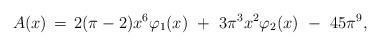
LaTeX: \begin{align*}A(x)\,= \,2(\pi-2)x^{6}\varphi_{1}(x) \,\, + \,\, 3\pi^{3} x^{2}\varphi_{2}(x) \,\, - \,\,45 \pi^{9},\end{align*}